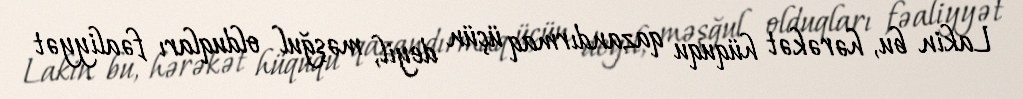
Lakin bu, hərəkət hüququ qazandırmaq üçün deyil, məşğul olduqları fəaliyyət